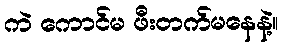
ကဲ ကောင်မ ဖီးတက်မနေနဲ့။